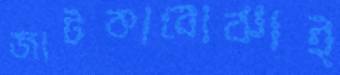
জাটকাবোঝাই